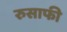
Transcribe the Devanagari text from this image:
रुसाफी